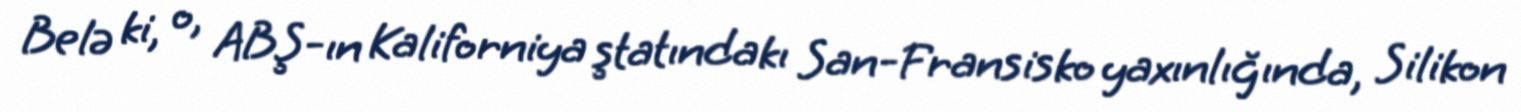
Belə ki, o, ABŞ-ın Kaliforniya ştatındakı San-Fransisko yaxınlığında, Silikon